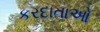
કરદાતાઓ